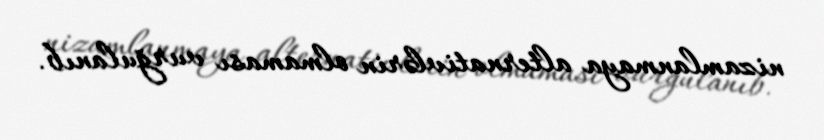
nizamlanmaya alternativlərin olmaması vurğulanıb.